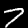
Label: 7